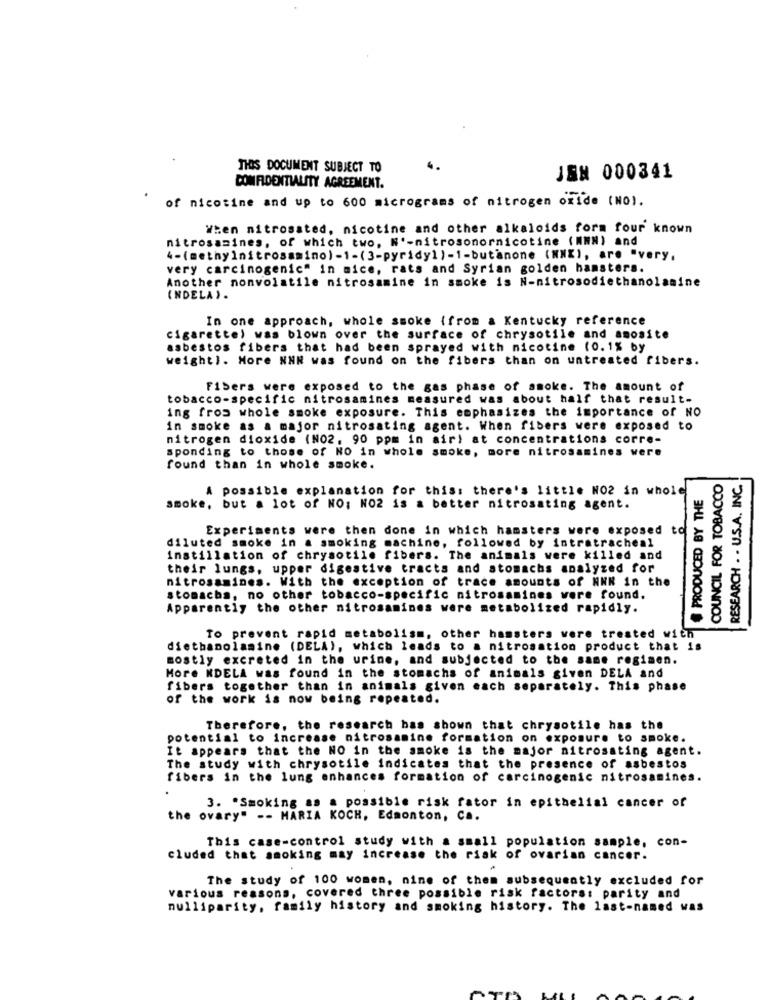
THIS DOCUMENT SUBJECT TO
JSN 000341
CONFIDENTIALITY AGREEMENT.
of nicotine and up to 600 micrograms of nitrogen oxide (NO).
When nitrosated, nicotine and other alkaloids form four known
nitrosamines, of which two, N'-nitrosonornicotine (NNN) and
4-(methylnitrosamino)-1-(3-pyridy1)-1-butanone (NNX), are "very.
very carcinogenic" in mice, rats and Syrian golden hamsters.
Another nonvolatile nitrosamine in smoke is N-nitrosodiethanolamine
(NDELA ).
In one approach, whole smoke {from a Kentucky reference
cigarette) was blown over the surface of chrysotile and amosite
asbestos fibers that had been sprayed with nicotine (0.1% by
weight). More NNN was found on the fibers than on untreated fibers.
Fibers were exposed to the gas phase of smoke. The amount of
tobacco-specific nitrosamines measured was about half that result-
ing from whole smoke exposure. This emphasizes the importance of NO
in smoke as a major nitrosating agent. When fibers were exposed to
nitrogen dioxide (NO2. 90 ppm in air) at concentrations corre-
sponding to those of NO in whole smoke, more nitrosamines were
found than in whole smoke.
COUNCIL FOR TOBACCO
RESEARCH . . U.S.A. INC.
A possible explanation for this: there's little NO2 in whole
PRODUCED BY THE
smoke, but a lot of NO; NO2 is a better nitrosating agent.
Experiments were then done in which hamsters were exposed to
diluted smoke in a smoking machine, followed by intratracheal
Instillation of chrysotile fibers. The animals were killed and
their lungs, upper digestive tracts and stomachs analyzed for
nitrosamines. With the exception of trace amounts of NNN in the
stomachs, no other tobacco-specific nitrosamines were found.
Apparently the other nitrosamines were metabolized rapidly.
To prevent rapid metabolism, other hamsters were treated with
diethanolamine (DELA), which leads to a nitrosation product that is
mostly excreted in the urine, and subjected to the same regimen.
More NDELA was found in the stomachs of animals given DELA and
fibers together than in animals given each separately. This phase
of the work is now being repeated.
Therefore, the research has shown that chrysotile has the
potential to increase nitrosamine formation on exposure to smoke.
It appears that the NO in the smoke is the major nitrosating agent.
The study with chrysotile indicates that the presence of asbestos
fibers in the lung enhances formation of carcinogenic nitrosamines.
3. "Smoking as a possible risk fator in epithelial cancer of
the ovary" -- MARIA KOCH, Edmonton, Ca.
This case-control study with a small population sample, con-
cluded that smoking may increase the risk of ovarian cancer.
The study of 100 women, nine of them subsequently excluded for
various reasons, covered three possible risk factors: parity and
nulliparity, family history and smoking history. The last-named was